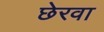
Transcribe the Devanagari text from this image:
छेरवा